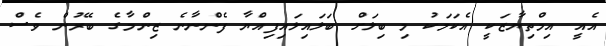
އެއީ އިމްތިޔާޒަކީ އެކަމަކު މި ބިލަށް ބަލައިލައިފިއްޔާ ފެންނާނެ ޒިންމާގެ ބޭރުން ވެސް